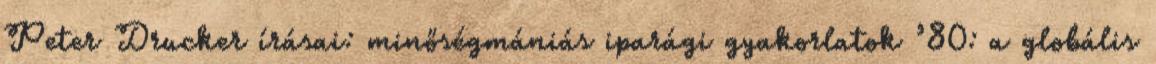
Peter Drucker írásai: minőségmániás iparági gyakorlatok ’80: a globális